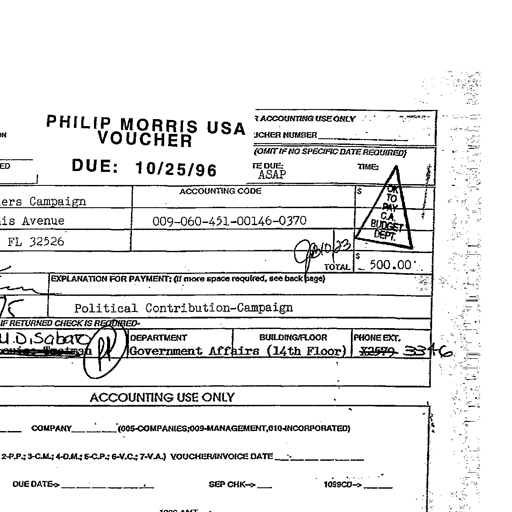
PHILIP MORRIS USA
VOUCHER
ACCOUNTING USE ONLY
VOUCHER NUMBER
DUE: 10/25/96 (OMIT IF NO SPECIFIC DATE REQUIRED)
DATE DUE: ASAP TIME:
ACCOUNTING CODE $ OK TO PAY C.A. BUDGET DEPT.
Campaign
Avenue 009-060-451-00146-0370
FL 32526 OK 10/23
$
TOTAL 500.00
EXPLANATION FOR PAYMENT: (if more space required, see back page)
Political Contribution-Campaign
IF RETURNED CHECK IS REQUIRED
U.D. Sabato DEPARTMENT BUILDING/FLOOR PHONE EXT.
PK Government Affairs (14th Floor) x2579 3346
ACCOUNTING USE ONLY
COMPANY (005-COMPANIES; 009-MANAGEMENT, 010-INCORPORATED)
2-P.P.; 3-C.M.; 4-D.M.; 5-C.P.; 6-V.C.; 7-V.A.) VOUCHER/INVOICE DATE
DUE DATE SEP CHK 1099CO